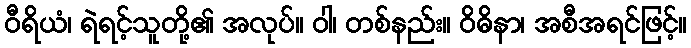
ဝီရိယံ၊ ရဲရင့်သူတို့၏ အလုပ်။ ဝါ၊ တစ်နည်း။ ဝိဓိနာ၊ အစီအရင်ဖြင့်။